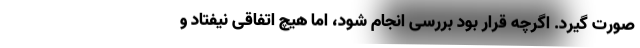
صورت گیرد. اگرچه قرار بود بررسی انجام شود، اما هیچ اتفاقی نیفتاد و